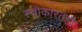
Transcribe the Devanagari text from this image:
स्वीकारतही